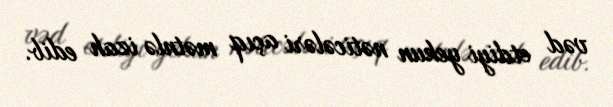
vəd etdiyi yekun nəticələri açıq mətnlə izah edib.